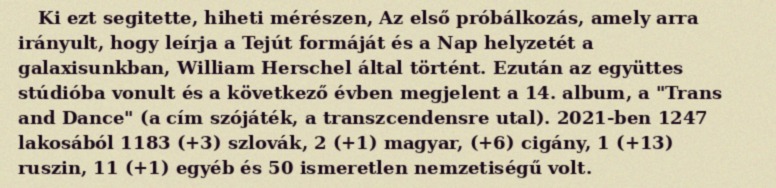
Ki ezt segitette, hiheti mérészen, Az első próbálkozás, amely arra irányult, hogy leírja a Tejút formáját és a Nap helyzetét a galaxisunkban, William Herschel által történt. Ezután az együttes stúdióba vonult és a következő évben megjelent a 14. album, a "Trans and Dance" (a cím szójáték, a transzcendensre utal). 2021-ben 1247 lakosából 1183 (+3) szlovák, 2 (+1) magyar, (+6) cigány, 1 (+13) ruszin, 11 (+1) egyéb és 50 ismeretlen nemzetiségű volt.